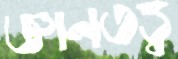
জ্ঞানতত্ত্ব